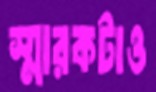
স্মারকটাও